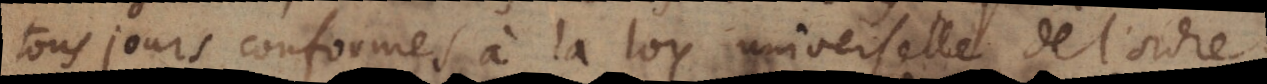
tousjours conformes à la loy universelle de l’ordre